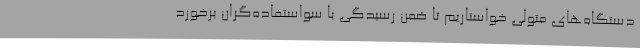
دستگاه‌های متولی خواستاریم تا ضمن رسیدگی با سو‌استفاده‌گران برخورد